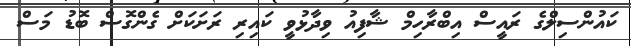
ކައުންސިލްގެ ރައީސް އިބްރާހިމް ޝާފިއު ވިދާޅުވީ ކައިރި ރަށަކަށް ގެންގޮސް ބޮޑު މަސް